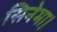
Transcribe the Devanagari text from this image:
सिनेमा।